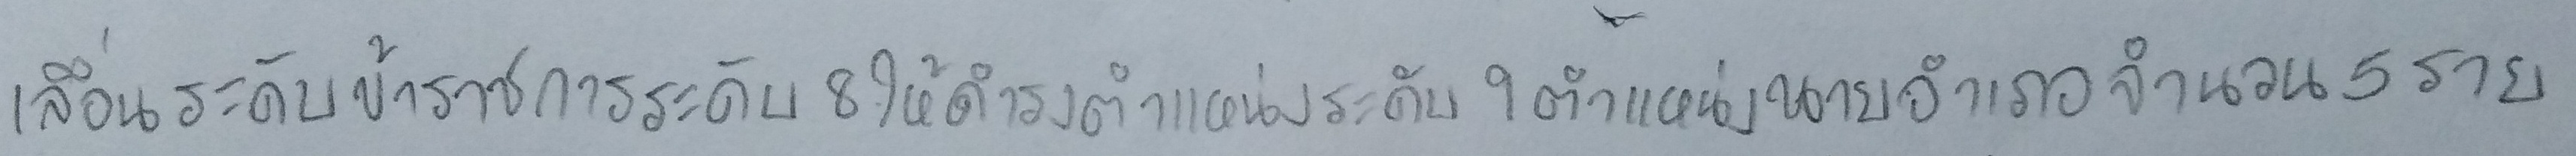
เลื่อนระดับข้าราชการระดับ8ให้ดำรงตำแหน่งระดับ9ตำแหน่งนายอำเภอจำนวน5ราย